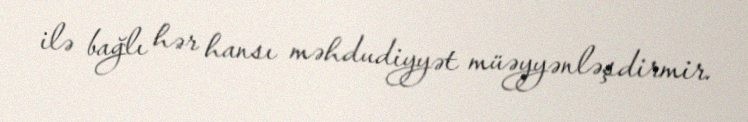
ilə bağlı hər hansı məhdudiyyət müəyyənləşdirmir.